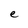
Character: e